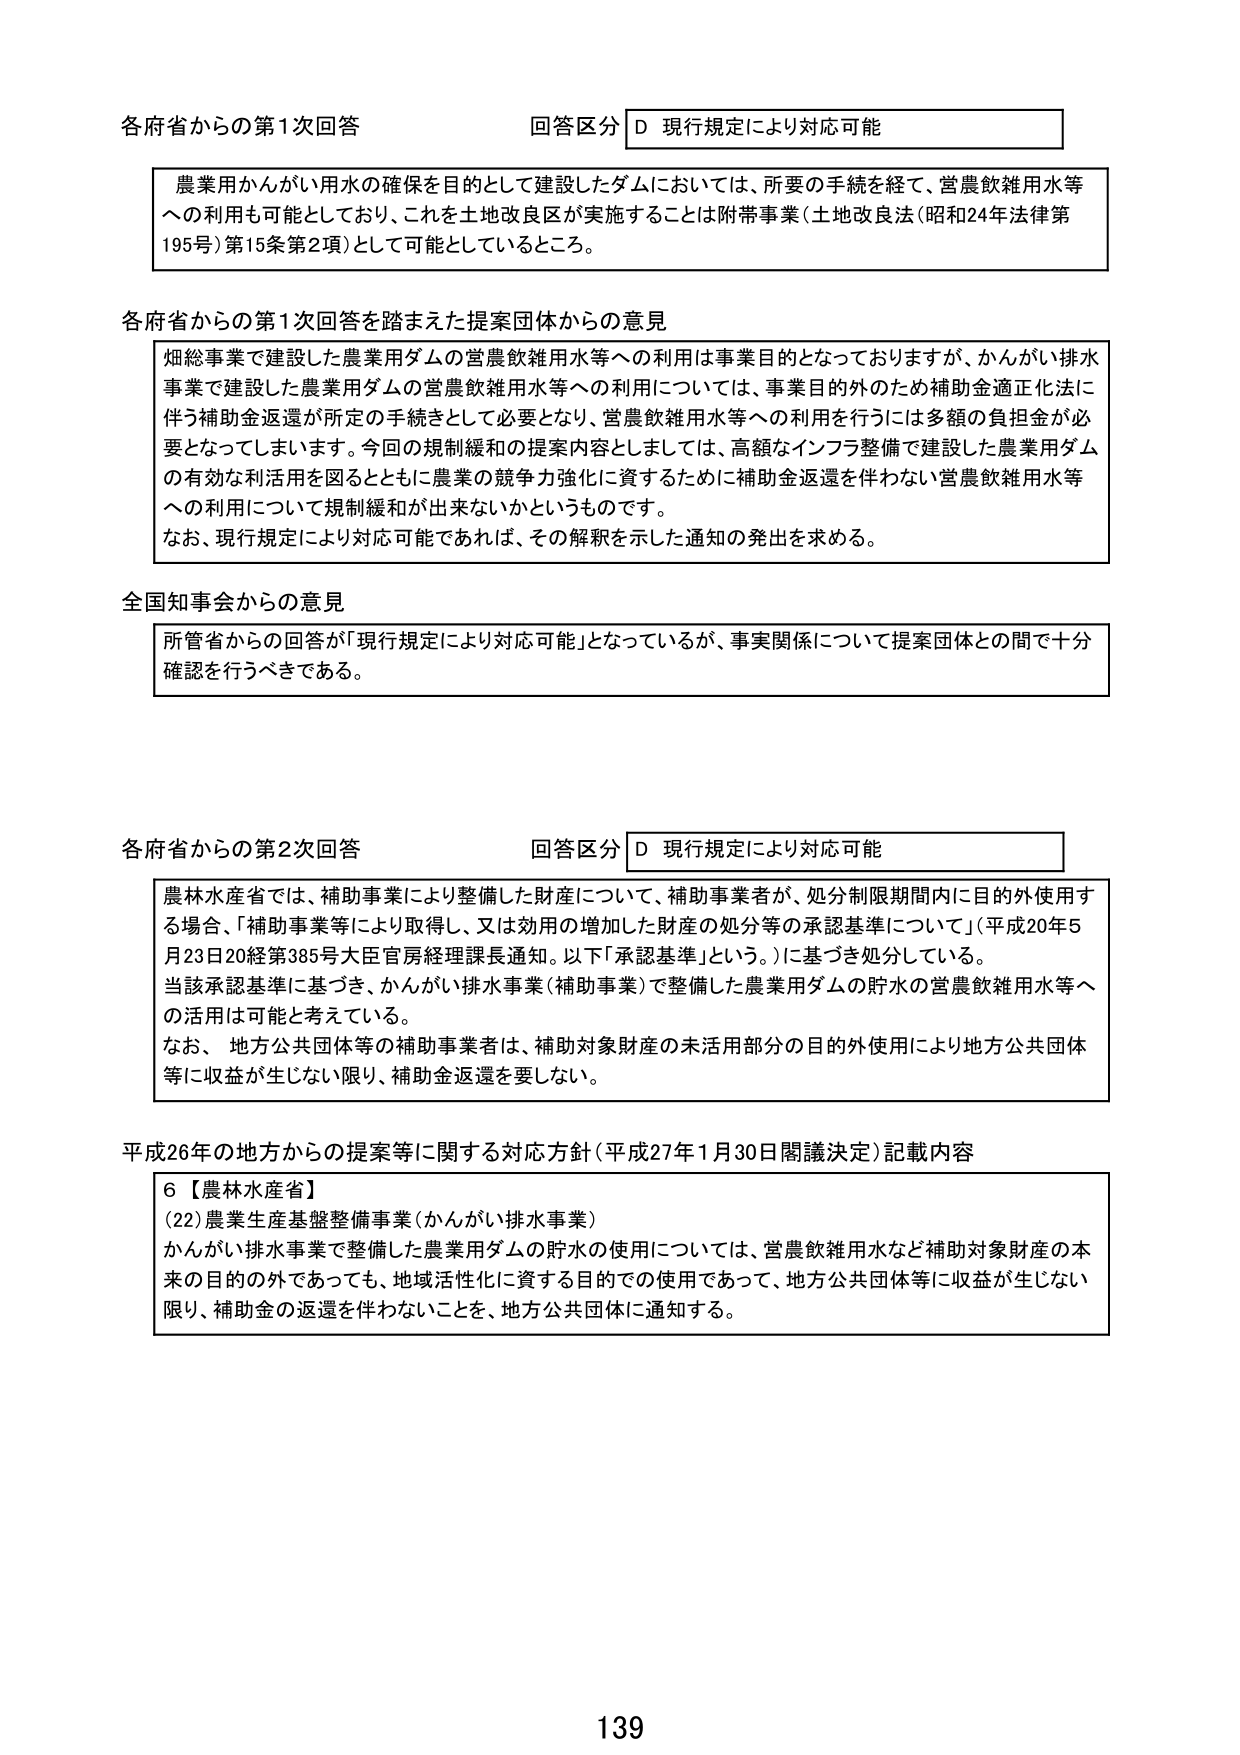
各府省からの第1次回答 回答区分 D 現行規定により対応可能

農業用かんがい用水の確保を目的として建設したダムにおいては、所要の手続を経て、営農飲雑用水等への利用も可能としており、これを土地改良区が実施することは附帯事業（土地改良法（昭和24年法律第195号）第15条第2項）として可能としているところ。

各府省からの第1次回答を踏まえた提案団体からの意見

畑総事業で建設した農業用ダムの営農飲雑用水等への利用は事業目的となっておりますが、かんがい排水事業で建設した農業用ダムの営農飲雑用水等への利用については、事業目的外のため補助金適正化法に伴う補助金返還が所定の手続きとして必要となり、営農飲雑用水等への利用を行うには多額の負担金が必要となってしまいます。今回の規制緩和の提案内容としましては、高額なインフラ整備で建設した農業用ダムの有効な利活用を図るとともに農業の競争力強化に資するために補助金返還を伴わない営農飲雑用水等への利用について規制緩和が出来ないかというものです。
なお、現行規定により対応可能であれば、その解釈を示した通知の発出を求める。

全国知事会からの意見

所管省からの回答が「現行規定により対応可能」となっているが、事実関係について提案団体との間で十分確認を行うべきである。

各府省からの第2次回答 回答区分 D 現行規定により対応可能

農林水産省では、補助事業により整備した財産について、補助事業者が、処分制限期間内に目的外使用する場合、「補助事業等により取得し、又は効用の増加した財産の処分等の承認基準について」（平成20年5月23日20経第385号大臣官房経理課長通知。以下「承認基準」という。）に基づき処分している。
当該承認基準に基づき、かんがい排水事業（補助事業）で整備した農業用ダムの貯水の営農飲雑用水等への活用は可能と考えている。
なお、地方公共団体等の補助事業者は、補助対象財産の未活用部分の目的外使用により地方公共団体等に収益が生じない限り、補助金返還を要しない。

平成26年の地方からの提案等に関する対応方針（平成27年1月30日閣議決定）記載内容

6【農林水産省】
(22)農業生産基盤整備事業（かんがい排水事業）
かんがい排水事業で整備した農業用ダムの貯水の使用については、営農飲雑用水など補助対象財産の本来の目的の外であっても、地域活性化に資する目的での使用であって、地方公共団体等に収益が生じない限り、補助金の返還を伴わないことを、地方公共団体に通知する。

139